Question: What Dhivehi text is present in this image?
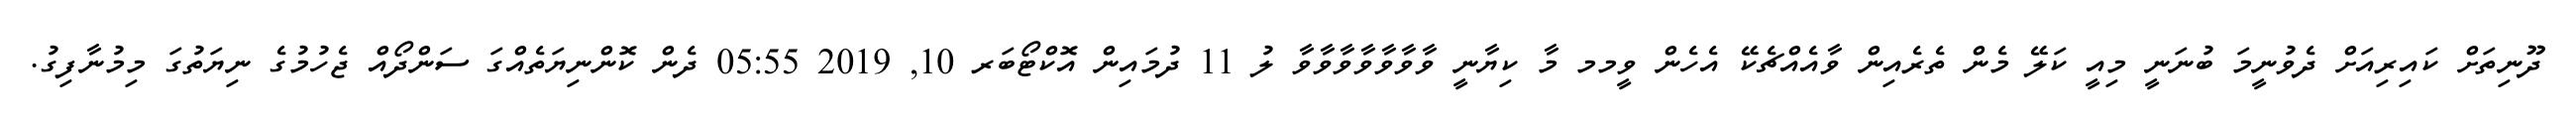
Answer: ދޫނިތަށް ކައިރިއަށް ދެވުނީމަ ބުނަނީ މިއީ ކަލޭ މެން ތެރެއިން ވާއެއްޗެކޭ އެހެން ވީމމ މާ ކިޔާނީ ވާވާވާވާވާވާވާ ލު 11 ދުމައިން އޮކްޓޯބަރ 10, 2019 05:55 ދެން ކޮންނިޔަތެއްގަ ސަންދޯއް ޖެހުމުގެ ނިޔަތުގަ މިމުނާފިގު.